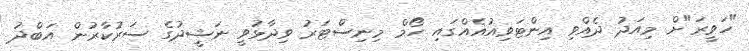
"ހަވީރަ"ށް މިއަދު ދެއްވި އިންޓަވިއުއެއްގައި ހޯމް މިނިސްޓަރު ވިދާޅުވީ ނަޝީދުގެ ސަރުކާރުން އަބްދު